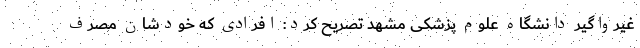
غیرواگیر دانشگاه علوم پزشکی مشهد تصریح کرد: افرادی که خودشان مصرف